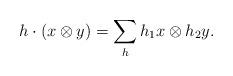
LaTeX: \begin{align*}h\cdot (x\otimes y)= \sum_h h_1x\otimes h_2y.\end{align*}